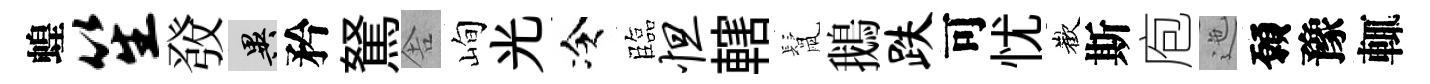
蝗笙𤼲异矜駑舎峋光冷臨怛轄鬛鵝跌可忧歡斯庖迤願豫輒